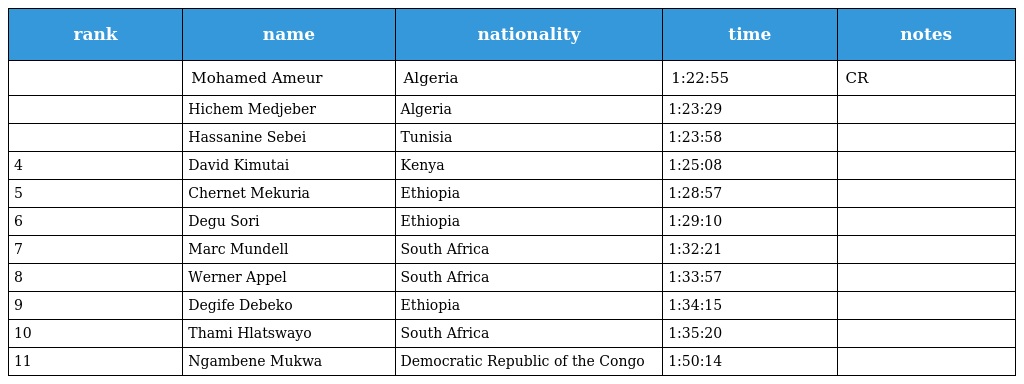
| rank | name | nationality | time | notes |
 | --- | --- | --- | --- | --- |
 |  | Mohamed Ameur | Algeria | 1:22:55 | CR |
 |  | Hichem Medjeber | Algeria | 1:23:29 |  |
 |  | Hassanine Sebei | Tunisia | 1:23:58 |  |
 | 4 | David Kimutai | Kenya | 1:25:08 |  |
 | 5 | Chernet Mekuria | Ethiopia | 1:28:57 |  |
 | 6 | Degu Sori | Ethiopia | 1:29:10 |  |
 | 7 | Marc Mundell | South Africa | 1:32:21 |  |
 | 8 | Werner Appel | South Africa | 1:33:57 |  |
 | 9 | Degife Debeko | Ethiopia | 1:34:15 |  |
 | 10 | Thami Hlatswayo | South Africa | 1:35:20 |  |
 | 11 | Ngambene Mukwa | Democratic Republic of the Congo | 1:50:14 |  |